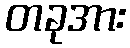
တခုအား